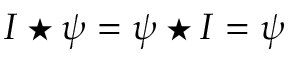
{ \cal I } \star \psi = \psi \star { \cal I } = \psi